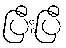
ပြီးပြီ